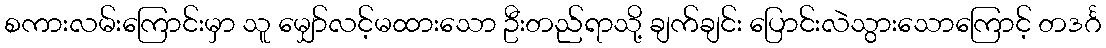
စကားလမ်းကြောင်းမှာ သူ မျှော်လင့်မထားသော ဦးတည်ရာသို့ ချက်ချင်း ပြောင်းလဲသွားသောကြောင့် တဒင်္ဂ